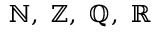
\mathbb { N } , \ \mathbb { Z } , \ \mathbb { Q } , \ \mathbb { R }